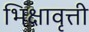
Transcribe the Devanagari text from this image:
भिक्षावृत्ती